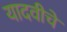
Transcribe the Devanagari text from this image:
यादवीचे